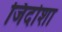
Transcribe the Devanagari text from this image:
जिदोशा